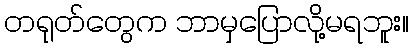
တရုတ်တွေက ဘာမှပြောလို့မရဘူး။